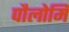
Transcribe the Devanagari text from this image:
पौलोमि